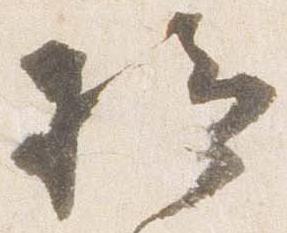
給